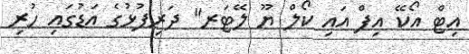
އިޓް އޯކޭ އިފް އައި ކޯލް ޔޫ ލޭޓަރ" ދަރިފުޅުގެ އަޑުގައި ހުރި